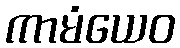
ကာမံယေဝ